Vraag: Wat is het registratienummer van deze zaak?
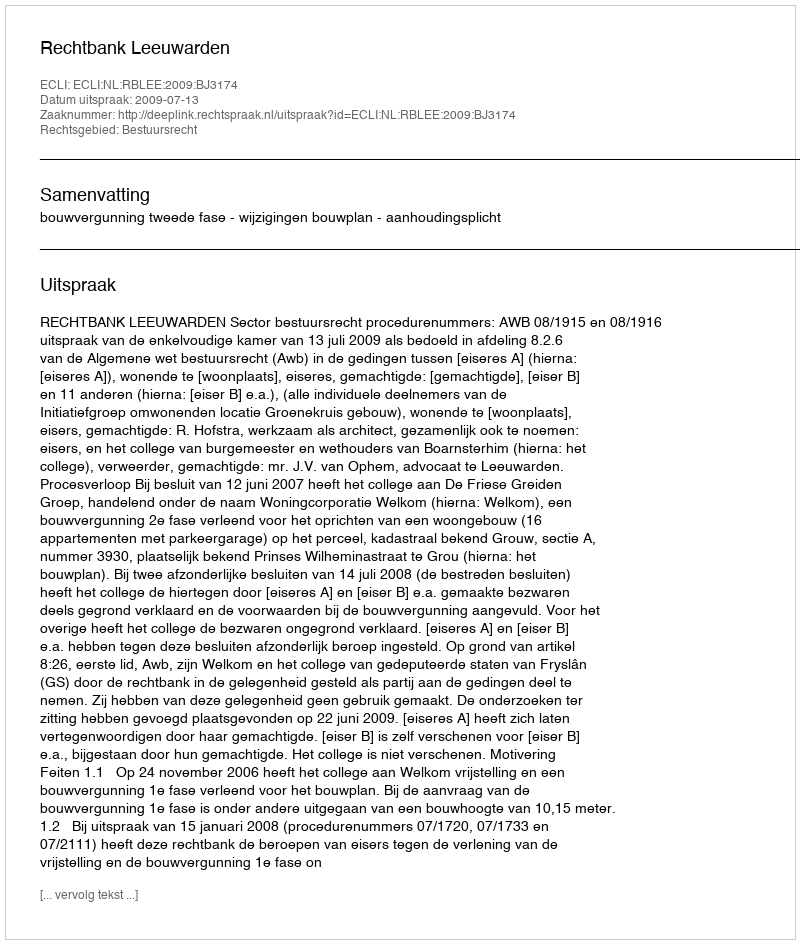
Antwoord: http://deeplink.rechtspraak.nl/uitspraak?id=ECLI:NL:RBLEE:2009:BJ3174